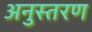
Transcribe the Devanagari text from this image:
अनुस्तरण